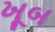
ખૂબ